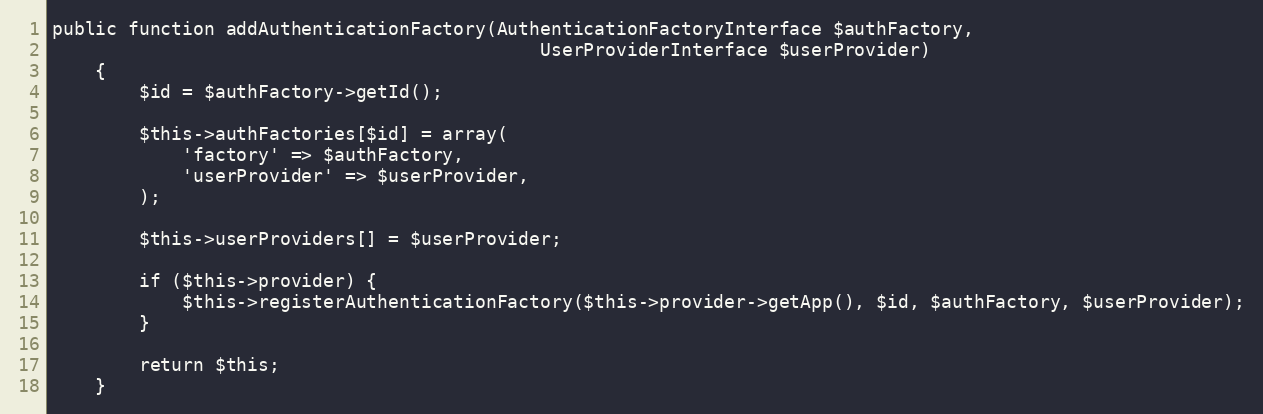
Language: PHP
public function addAuthenticationFactory(AuthenticationFactoryInterface $authFactory,
                                             UserProviderInterface $userProvider)
    {
        $id = $authFactory->getId();

        $this->authFactories[$id] = array(
            'factory' => $authFactory,
            'userProvider' => $userProvider,
        );

        $this->userProviders[] = $userProvider;

        if ($this->provider) {
            $this->registerAuthenticationFactory($this->provider->getApp(), $id, $authFactory, $userProvider);
        }

        return $this;
    }